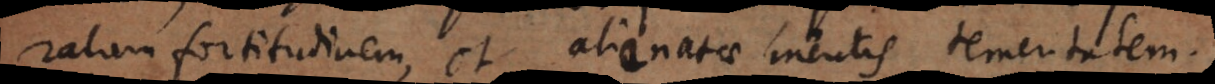
ratam fortitudinem, et alienatae mentis temeritatem.